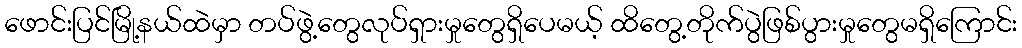
ဖောင်းပြင်မြို့နယ်ထဲမှာ တပ်ဖွဲ့တွေလုပ်ရှားမှုတွေရှိပေမယ့် ထိတွေ့တိုက်ပွဲဖြစ်ပွားမှုတွေမရှိကြောင်း